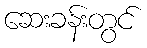
ဆေးခန်းတွင်